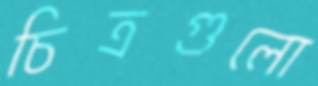
চিত্রগুলো